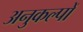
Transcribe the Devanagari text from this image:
अनुकल्पों